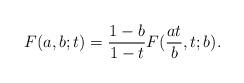
LaTeX: \begin{align*}F(a,b;t) = \frac{1-b}{1-t}F(\frac{at}{b},t;b).\end{align*}